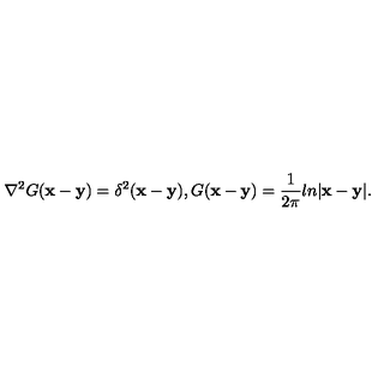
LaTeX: \nabla ^ { 2 } G ( { \bf x } - { \bf y } ) = \delta ^ { 2 } ( { \bf x } - { \bf y } ) , G ( { \bf x } - { \bf y } ) = \frac { 1 } { 2 \pi } l n | { \bf x } - { \bf y } | .